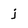
Character: j